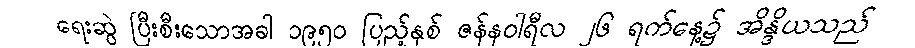
ရေးဆွဲ ပြီးစီးသောအခါ ၁၉၅၀ ပြည့်နှစ် ဇန်နဝါရီလ ၂၆ ရက်နေ့၌ အိန္ဒိယသည်